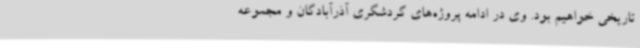
تاریخی خواهیم بود. وی در ادامه پروژه‌های گردشگری آذرآبادگان و مجموعه